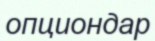
опциондар